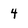
Character: 4